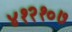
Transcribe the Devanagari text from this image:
४१२१०७